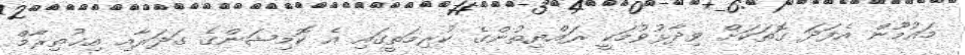
މައުމޫން އެފަދަ ގޮތަކަށް ވިދާޅުވުމަކީ ރައްޔިތުންގެ ކުރިމަތީގައި އެ ކޮމިޝަންގެ ގަދަރާއި އިޚުތިރާމް